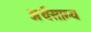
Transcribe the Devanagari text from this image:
अर्थसाम्य